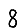
Digit: 8